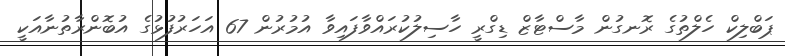
ޕަބްލިކް ހެލްތުގެ ރޮނގުން މާސްޓާޒް ޑިގްރީ ހާސިލުކުރައްވާފައިވާ އުމުރުން 67 އަހަރުފުޅުގެ އުބޮންރާތުނާއަކީ